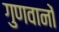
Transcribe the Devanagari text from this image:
गुणवानों